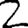
Digit: 2